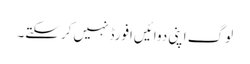
لوگ اپنی دوائیں‌افورڈ نہیں‌کرسکتے۔